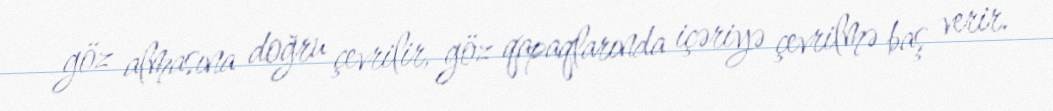
göz almasına doğru çevrilir, göz qapaqlarında içəriyə çevrilmə baş verir.